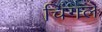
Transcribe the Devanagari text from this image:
चिंगले